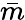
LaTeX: \bar{m}